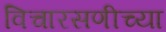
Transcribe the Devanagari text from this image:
विचारसणीच्या